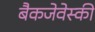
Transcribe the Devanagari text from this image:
बैकजेवेस्की